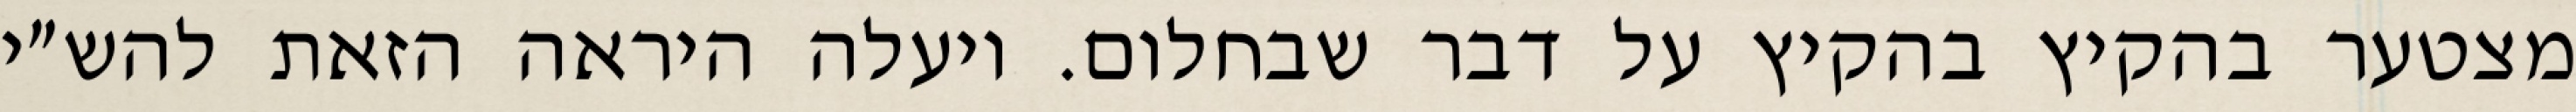
מצטער בהקיץ בהקיץ על דבר שבחלום. ויעלה היראה הזאת להש״י